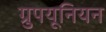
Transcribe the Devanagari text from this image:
ग्रुपयूनियन